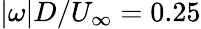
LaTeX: \vert\omega\vert D/U_{\infty}=0.25